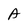
Character: A